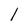
Character: l